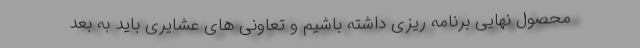
محصول نهایی برنامه ریزی داشته باشیم و تعاونی های عشایری باید به بعد